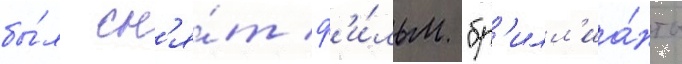
бы́л сн'я́т ф'и́льм "бр'илл'иа́нты